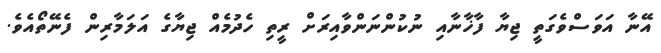
އޭނާ އަވަސްވެގަތީ ޖިޔާ ފާޚާނާއި ނުކުންނަންވާއިރަށް ރީތި ހެދުމެއް ޖިޔާގެ އަލަމާރިން ފެނޭތޯއެވެ.